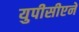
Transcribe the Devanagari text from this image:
युपीसीएने